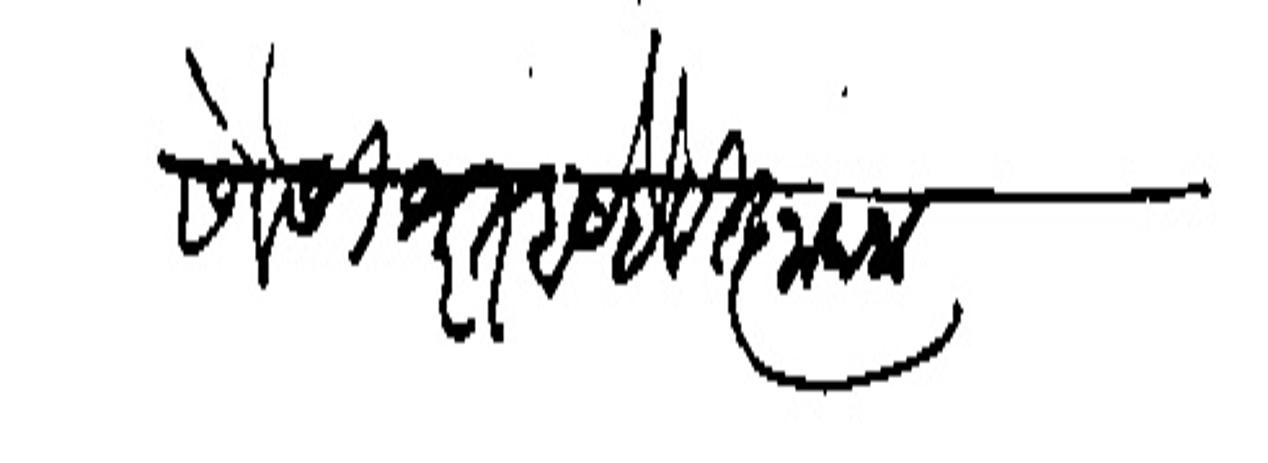
Transliteration (Devanagari): सेवेसी श्रुत होये है विज्ञापना